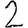
Digit: 2